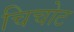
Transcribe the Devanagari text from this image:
चिचोट